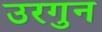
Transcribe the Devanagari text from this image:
उरगुन